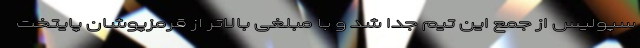
سپولیس از جمع این تیم جدا شد و با مبلغی بالاتر از قرمزپوشان پایتخت